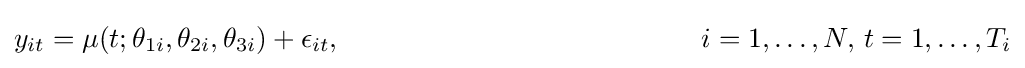
{y}_{it}=\mu (t;\theta _{1i},\theta _{2i},\theta _{3i})+\epsilon _{it},\quad \quad \quad \quad \quad \quad \quad \quad \quad \quad \quad \quad \quad i=1,\ldots ,N,\,t=1,\ldots ,T_{i}